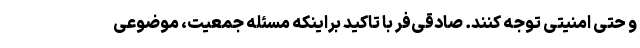
و حتی امنیتی توجه کنند. صادقی‌فر با تاکید براینکه مسئله جمعیت، موضوعی